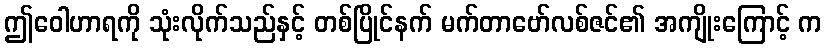
ဤဝေါဟာရကို သုံးလိုက်သည်နှင့် တစ်ပြိုင်နက် မက်တာဗော်လစ်ဇင်၏ အကျိုးကြောင့် က